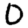
Digit: 0